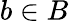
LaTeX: b\in B